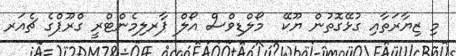
މި ޒިޔާރަތާއި ގުޅޭގޮތުން ޔޫކޭ  މޯލްޑިވްސް އޯލް ޕާރލިމެންޓްރީ ގްރޫޕްގެ ޗެއަރ